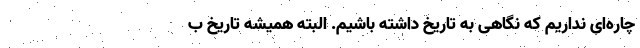
چاره‌ای نداریم که نگاهی به تاریخ داشته باشیم. البته همیشه تاریخ ب